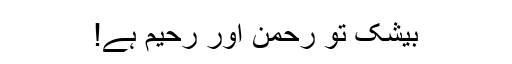
بیشک تو رحمن اور رحیم ہے!